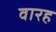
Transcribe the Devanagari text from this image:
वारह